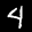
Label: 4